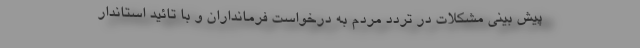
پیش بینی مشکلات در تردد مردم به درخواست فرمانداران و با تائید استاندار